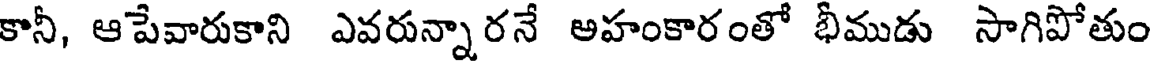
కానీ, ఆపేవారుకాని ఎవరున్నారనే అహంకారంతో భీముడు సాగిపోతుం